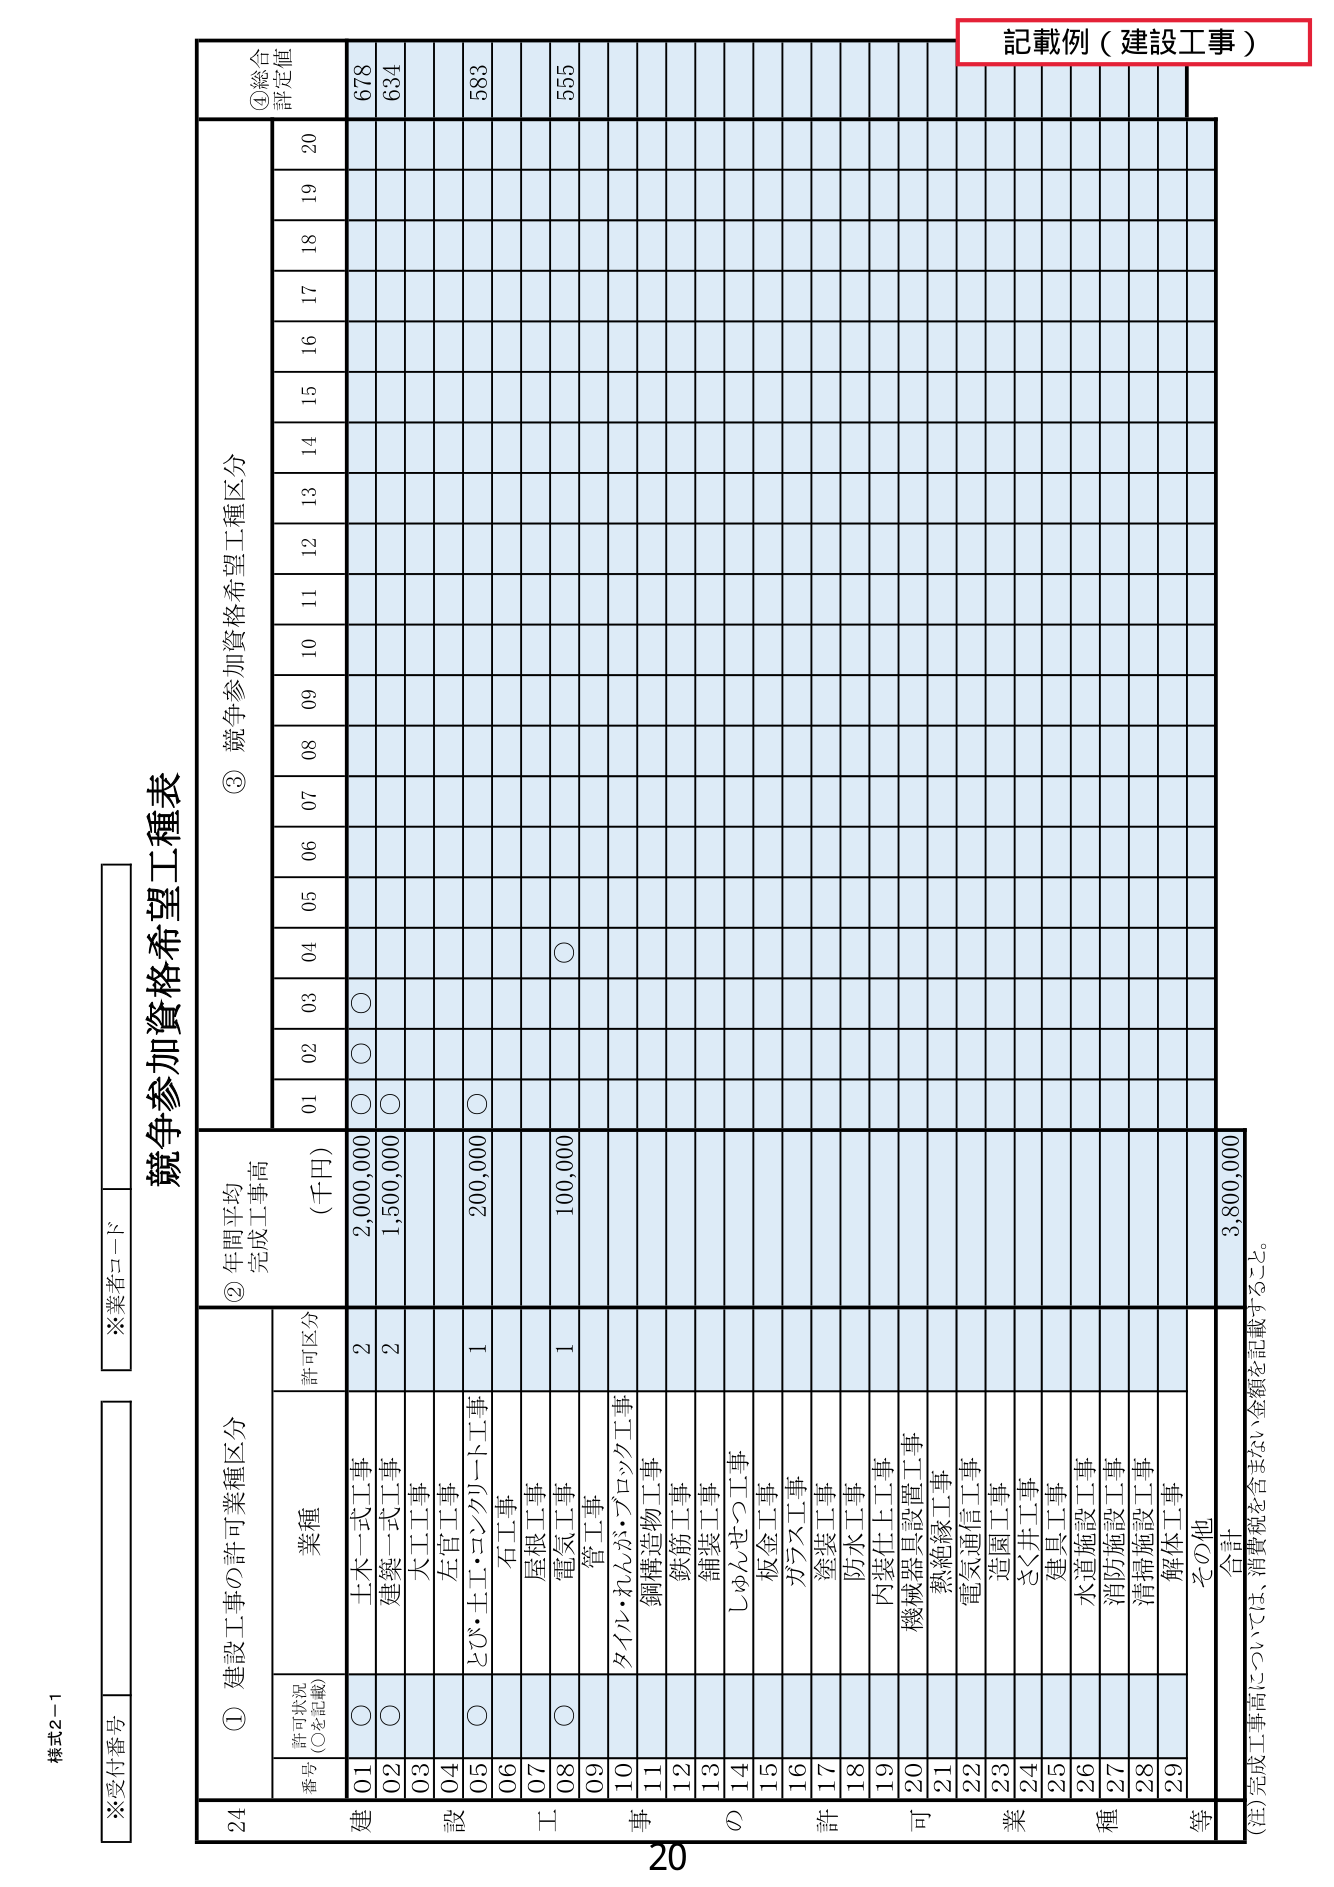
様式2-1
※受付番号
※業者コード

競争参加資格希望工種表

① 建設工事の許可業種区分
　　番号　許可状況（○を記載）　業種　許可区分
　　01　○　土木一式工事　2
　　02　○　建築一式工事　2
　　03　　大工工事
　　04　　左官工事
　　05　○　ビル・土工・クリート工事　1
　　06　　石工事
　　07　　屋根工事
　　08　○　電気工事　1
　　09　　管工事
　　10　　タイル・れんが・ブロック工事
　　11　　鋼構造物工事
　　12　　鉄筋工事
　　13　　舗装工事
　　14　　しゅんせつ工事
　　15　　板金工事
　　16　　ガラス工事
　　17　　塗装工事
　　18　　防水工事
　　19　　内装仕上工事
　　20　　機械器具設置工事
　　21　　熱絶縁工事
　　22　　電気通信工事
　　23　　造園工事
　　24　　さく井工事
　　25　　建具工事
　　26　　水道施設工事
　　27　　消防施設工事
　　28　　清掃施設工事
　　29　　解体工事
　　　その他
　　　合計　3,800,000

② 年間平均完成工事高（千円）
　　01　02　03　04　05　06　07　08　09　10　11　12　13　14　15　16　17　18　19　20
　　2,000,000　○　○